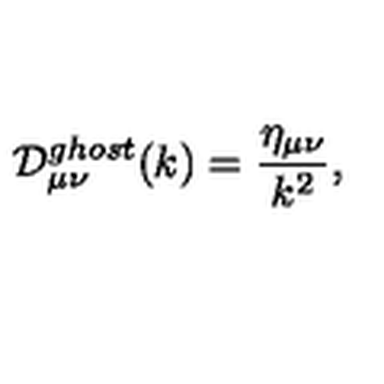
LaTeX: { \cal D } _ { { \mu } { \nu } } ^ { g h o s t } ( k ) = \frac { \eta _ { { \mu } { \nu } } } { k ^ { 2 } } ,